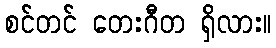
စင်တင် တေးဂီတ ရှိလား။